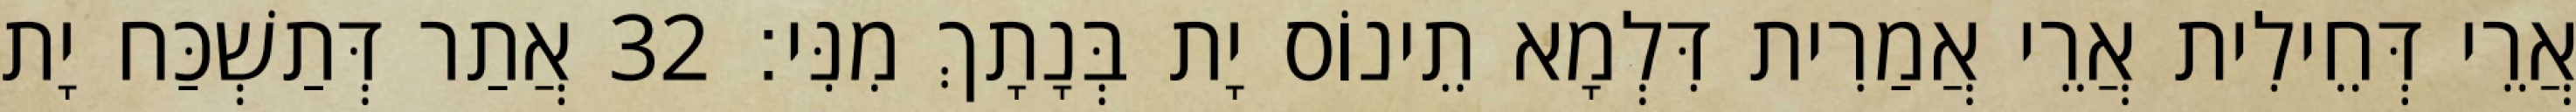
אֲרֵי דְּחֵילִית אֲרֵי אֲמַרִית דִּלְמָא תֵינוֹס יָת בְּנָתָךְ מִנִּי׃ 32 אֲתַר דְּתַשְׁכַּח יָת